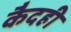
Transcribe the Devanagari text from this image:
कैदही